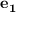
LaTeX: \mathbf { e _ { 1 } }